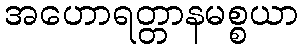
အဟောရတ္တာနမစ္စယာ